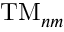
\mathrm { T M } _ { n m }